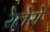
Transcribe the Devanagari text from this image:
रेलेसे